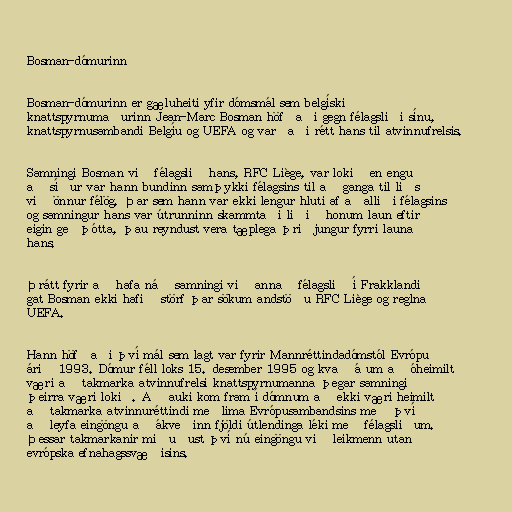
Bosman-dómurinn

Bosman-dómurinn er gæluheiti yfir dómsmál sem belgíski
knattspyrnumaðurinn Jean-Marc Bosman höfðaði gegn félagsliði sínu,
knattspyrnusambandi Belgíu og UEFA og varðaði rétt hans til atvinnufrelsis.

Samningi Bosman við félagslið hans, RFC Liège, var lokið en engu
að síður var hann bundinn samþykki félagsins til að ganga til liðs
við önnur félög. Þar sem hann var ekki lengur hluti af aðalliði félagsins
og samningur hans var útrunninn skammtaði liðið honum laun eftir
eigin geðþótta, þau reyndust vera tæplega þriðjungur fyrri launa
hans.

Þrátt fyrir að hafa náð samningi við annað félagslið í Frakklandi
gat Bosman ekki hafið störf þar sökum andstöðu RFC Liège og reglna
UEFA.

Hann höfðaði því mál sem lagt var fyrir Mannréttindadómstól Evrópu
árið 1993. Dómur féll loks 15. desember 1995 og kvað á um að óheimilt
væri að takmarka atvinnufrelsi knattspyrnumanna þegar samningi
þeirra væri lokið. Að auki kom fram í dómnum að ekki væri heimilt
að takmarka atvinnuréttindi meðlima Evrópusambandsins með því
að leyfa eingöngu að ákveðinn fjöldi útlendinga léki með félagsliðum.
Þessar takmarkanir miðuðust því nú eingöngu við leikmenn utan
evrópska efnahagssvæðisins.